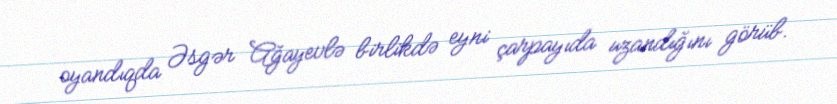
oyandıqda Əsgər Ağayevlə birlikdə eyni çarpayıda uzandığını görüb.